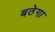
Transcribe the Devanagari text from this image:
बठेगा